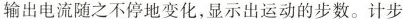
输出电流随之不停地变化，显示出运动的步数。计步